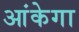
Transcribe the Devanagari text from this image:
आंकेगा